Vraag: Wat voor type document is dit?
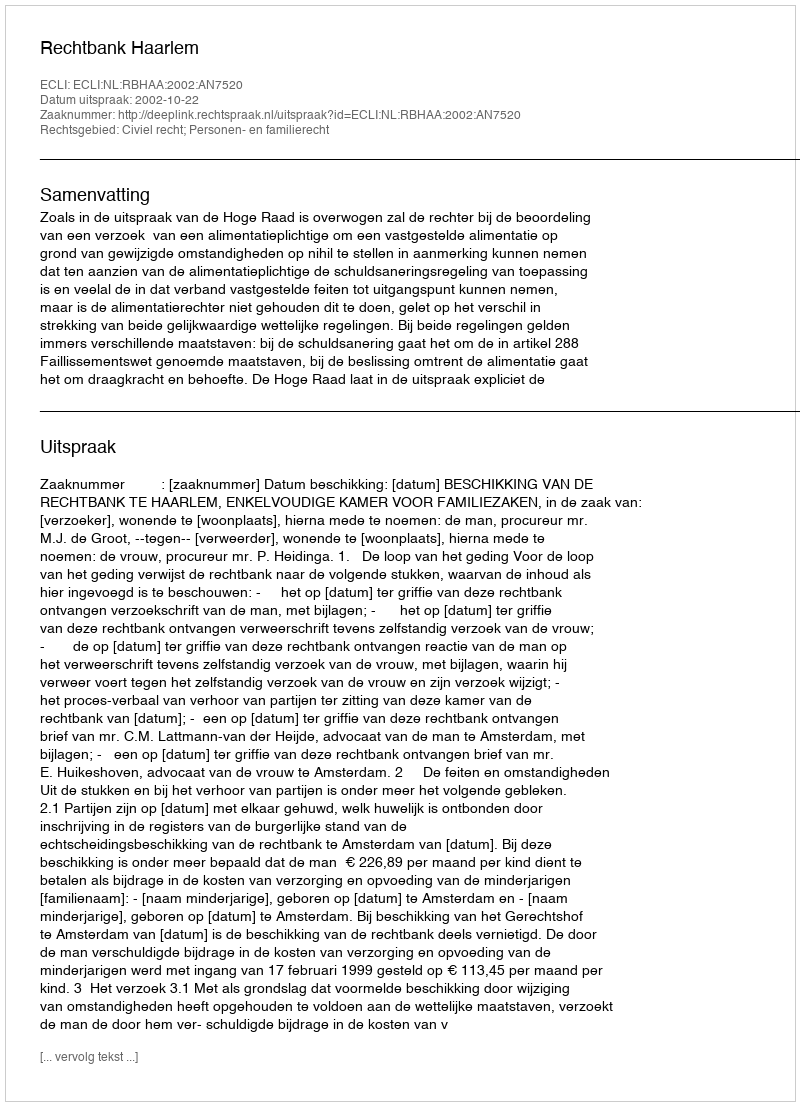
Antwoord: Uitspraak